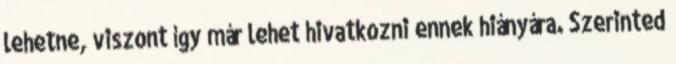
lehetne, viszont így már lehet hivatkozni ennek hiányára. Szerinted